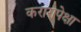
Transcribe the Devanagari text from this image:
करारापेक्षा